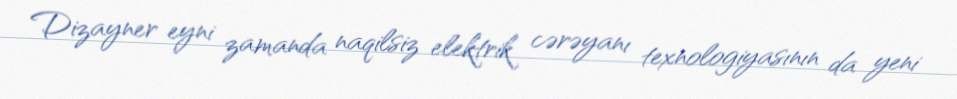
Dizayner eyni zamanda naqilsiz elektrik cərəyanı texnologiyasının da yeni